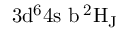
\mathrm { 3 d ^ { 6 } 4 s \ b \, ^ { 2 } H _ { J } }